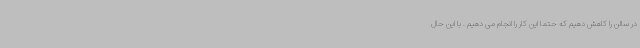
در سالن را کاهش دهیم که حتما این کار را انجام می دهیم . با این حال